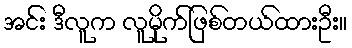
အင်း ဒီလူက လူမိုက်ဖြစ်တယ်ထားဦး။